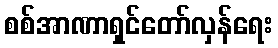
စစ်အာဏာရှင်တော်လှန်ရေး